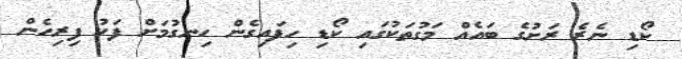
ކޯޑި ނެރެ ރަށުގެ ބައެއް މަގުތަކުގައި ކޯޑި ހިފައިގެން ހިނގުމަށް ފަހު ފިރިހެން